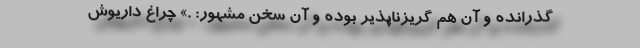
گذرانده و آن هم گریز‌ناپذیر بوده و آن سخن مشهور: .» چراغِ داریوش